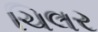
ચિલર